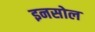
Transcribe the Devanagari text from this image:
इनसोल